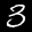
Label: 3